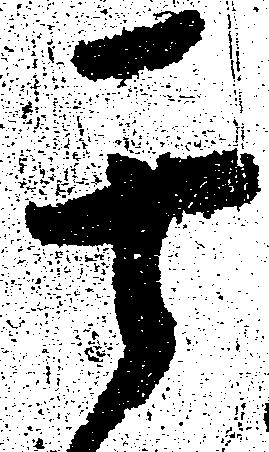
其